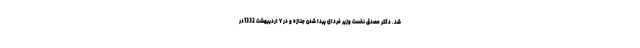
شد. دکتر مصدق نخست وزیر فردای پیدا شدن جنازه و در ۷ اردیبهشت 1332در